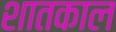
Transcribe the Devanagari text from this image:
शातकाल